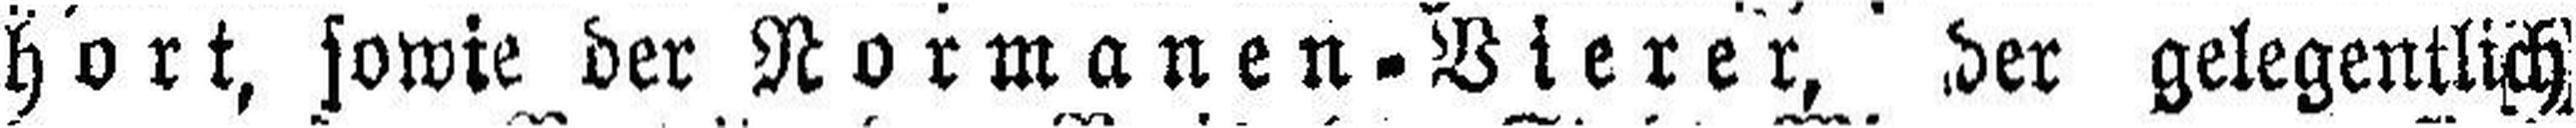
hort, sowie der Normanen=Vierer, der gelegentlich